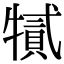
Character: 㹑